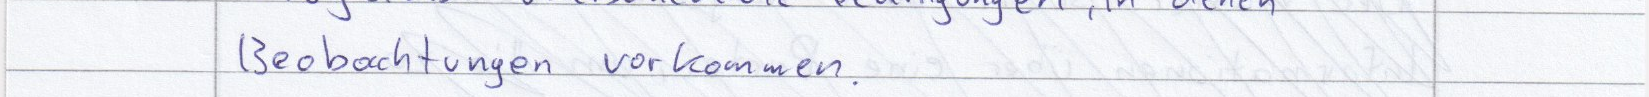
Beobachtungen vorkommen.